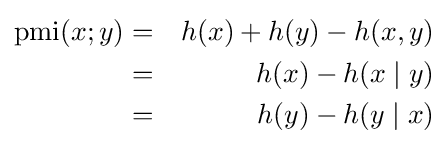
{\begin{aligned}\operatorname {pmi} (x;y)&=&h(x)+h(y)-h(x,y)\\&=&h(x)-h(x\mid y)\\&=&h(y)-h(y\mid x)\end{aligned}}